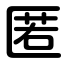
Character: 匿